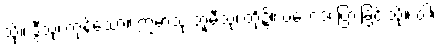
သို့။ ဒွီသု၊ ကုန်သော။ ဣမာသု ဘူမီသု၊ တို့၌။ ပဘေဒံ၊ ပြားခြင်းသို့။ ဝါ၊